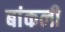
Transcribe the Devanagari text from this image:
बांकली